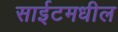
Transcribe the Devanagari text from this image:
साईटमधील